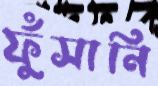
ফুঁসানি